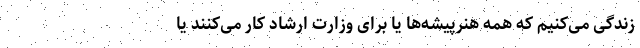
زندگی می‌کنیم که همه هنرپیشه‌ها یا برای وزارت ارشاد کار می‌کنند یا